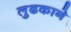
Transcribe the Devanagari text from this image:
लुढकाने